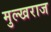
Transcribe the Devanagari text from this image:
मुल्खराज